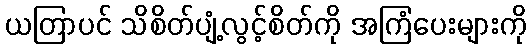
ယတြာပင် သိစိတ်ပျံ့လွင့်စိတ်ကို အကြံပေးများကို